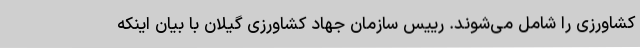
کشاورزی را شامل می‌شوند. رییس سازمان جهاد کشاورزی گیلان با بیان اینکه